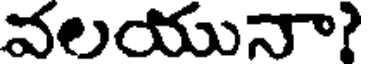
వలయునా?